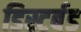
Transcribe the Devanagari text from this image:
डिस्टर्बड